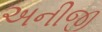
અનીજી